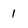
Character: 1